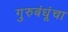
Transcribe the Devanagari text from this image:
गुरुबंधूंचा